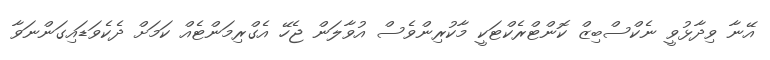
އޭނާ ވިދާޅުވީ ނެކްސްބިޒް ކޮންޓްރެކްޓަކީ މާކުރިންވެސް އުވާލަން ޖެހޭ އެގްރިމަންޓެއް ކަމަށް ދެކެވަޑައިގަންނަވާ